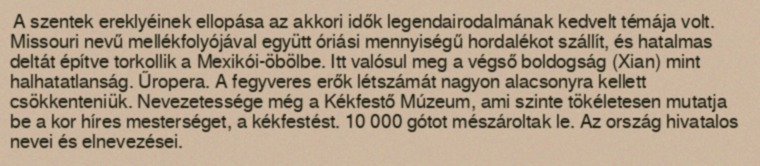
A szentek ereklyéinek ellopása az akkori idők legendairodalmának kedvelt témája volt. Missouri nevű mellékfolyójával együtt óriási mennyiségű hordalékot szállít, és hatalmas deltát építve torkollik a Mexikói-öbölbe. Itt valósul meg a végső boldogság (Xian) mint halhatatlanság. Űropera. A fegyveres erők létszámát nagyon alacsonyra kellett csökkenteniük. Nevezetessége még a Kékfestő Múzeum, ami szinte tökéletesen mutatja be a kor híres mesterséget, a kékfestést. 10 000 gótot mészároltak le. Az ország hivatalos nevei és elnevezései.